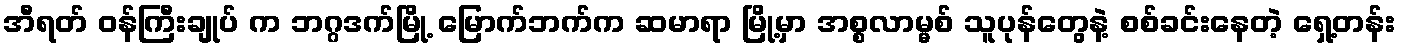
အီရတ် ဝန်ကြီးချုပ် က ဘဂ္ဂဒက်မြို့ မြောက်ဘက်က ဆမာရာ မြို့မှာ အစ္စလာမ္မစ် သူပုန်တွေနဲ့ စစ်ခင်းနေတဲ့ ရှေ့တန်း